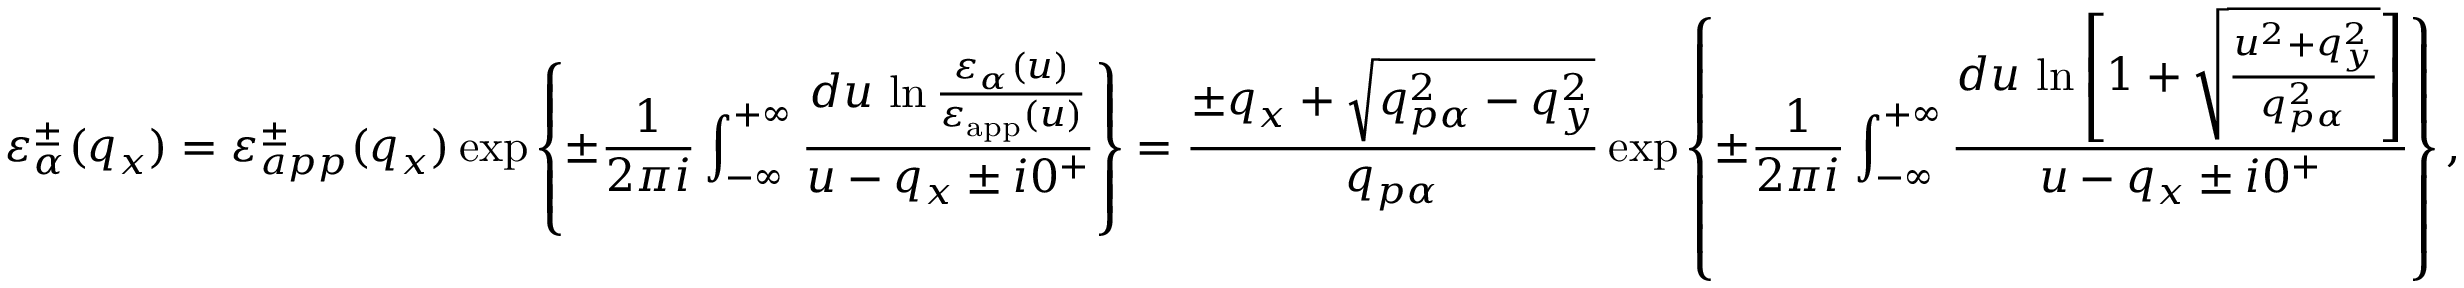
\varepsilon _ { \alpha } ^ { \pm } ( { { q } _ { x } } ) = \varepsilon _ { a p p } ^ { \pm } ( { { q } _ { x } } ) \exp \left\{ \pm \frac { 1 } { 2 \pi i } \int _ { - \infty } ^ { + \infty } { \frac { d u \, \ln \frac { { { \varepsilon } _ { \alpha } } ( u ) } { { { \varepsilon } _ { \mathrm { a p p } } } ( u ) } } { u - { { q } _ { x } } \pm i { { 0 } ^ { + } } } } \right\} = \frac { \pm { { q } _ { x } } + \sqrt { q _ { p \alpha } ^ { 2 } - q _ { y } ^ { 2 } } } { { { q } _ { p \alpha } } } \exp \left\{ \pm \frac { 1 } { 2 \pi i } \int _ { - \infty } ^ { + \infty } { \frac { d u \, \ln \left[ 1 + \sqrt { \frac { { { u } ^ { 2 } } + q _ { y } ^ { 2 } } { q _ { p \alpha } ^ { 2 } } } \right] } { u - { { q } _ { x } } \pm i { { 0 } ^ { + } } } } \right\} ,